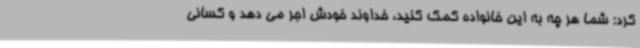
کرد: شما هر چه به این خانواده کمک کنید، خداوند خودش اجر می دهد و کسانی